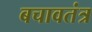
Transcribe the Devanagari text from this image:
बचावतंत्र